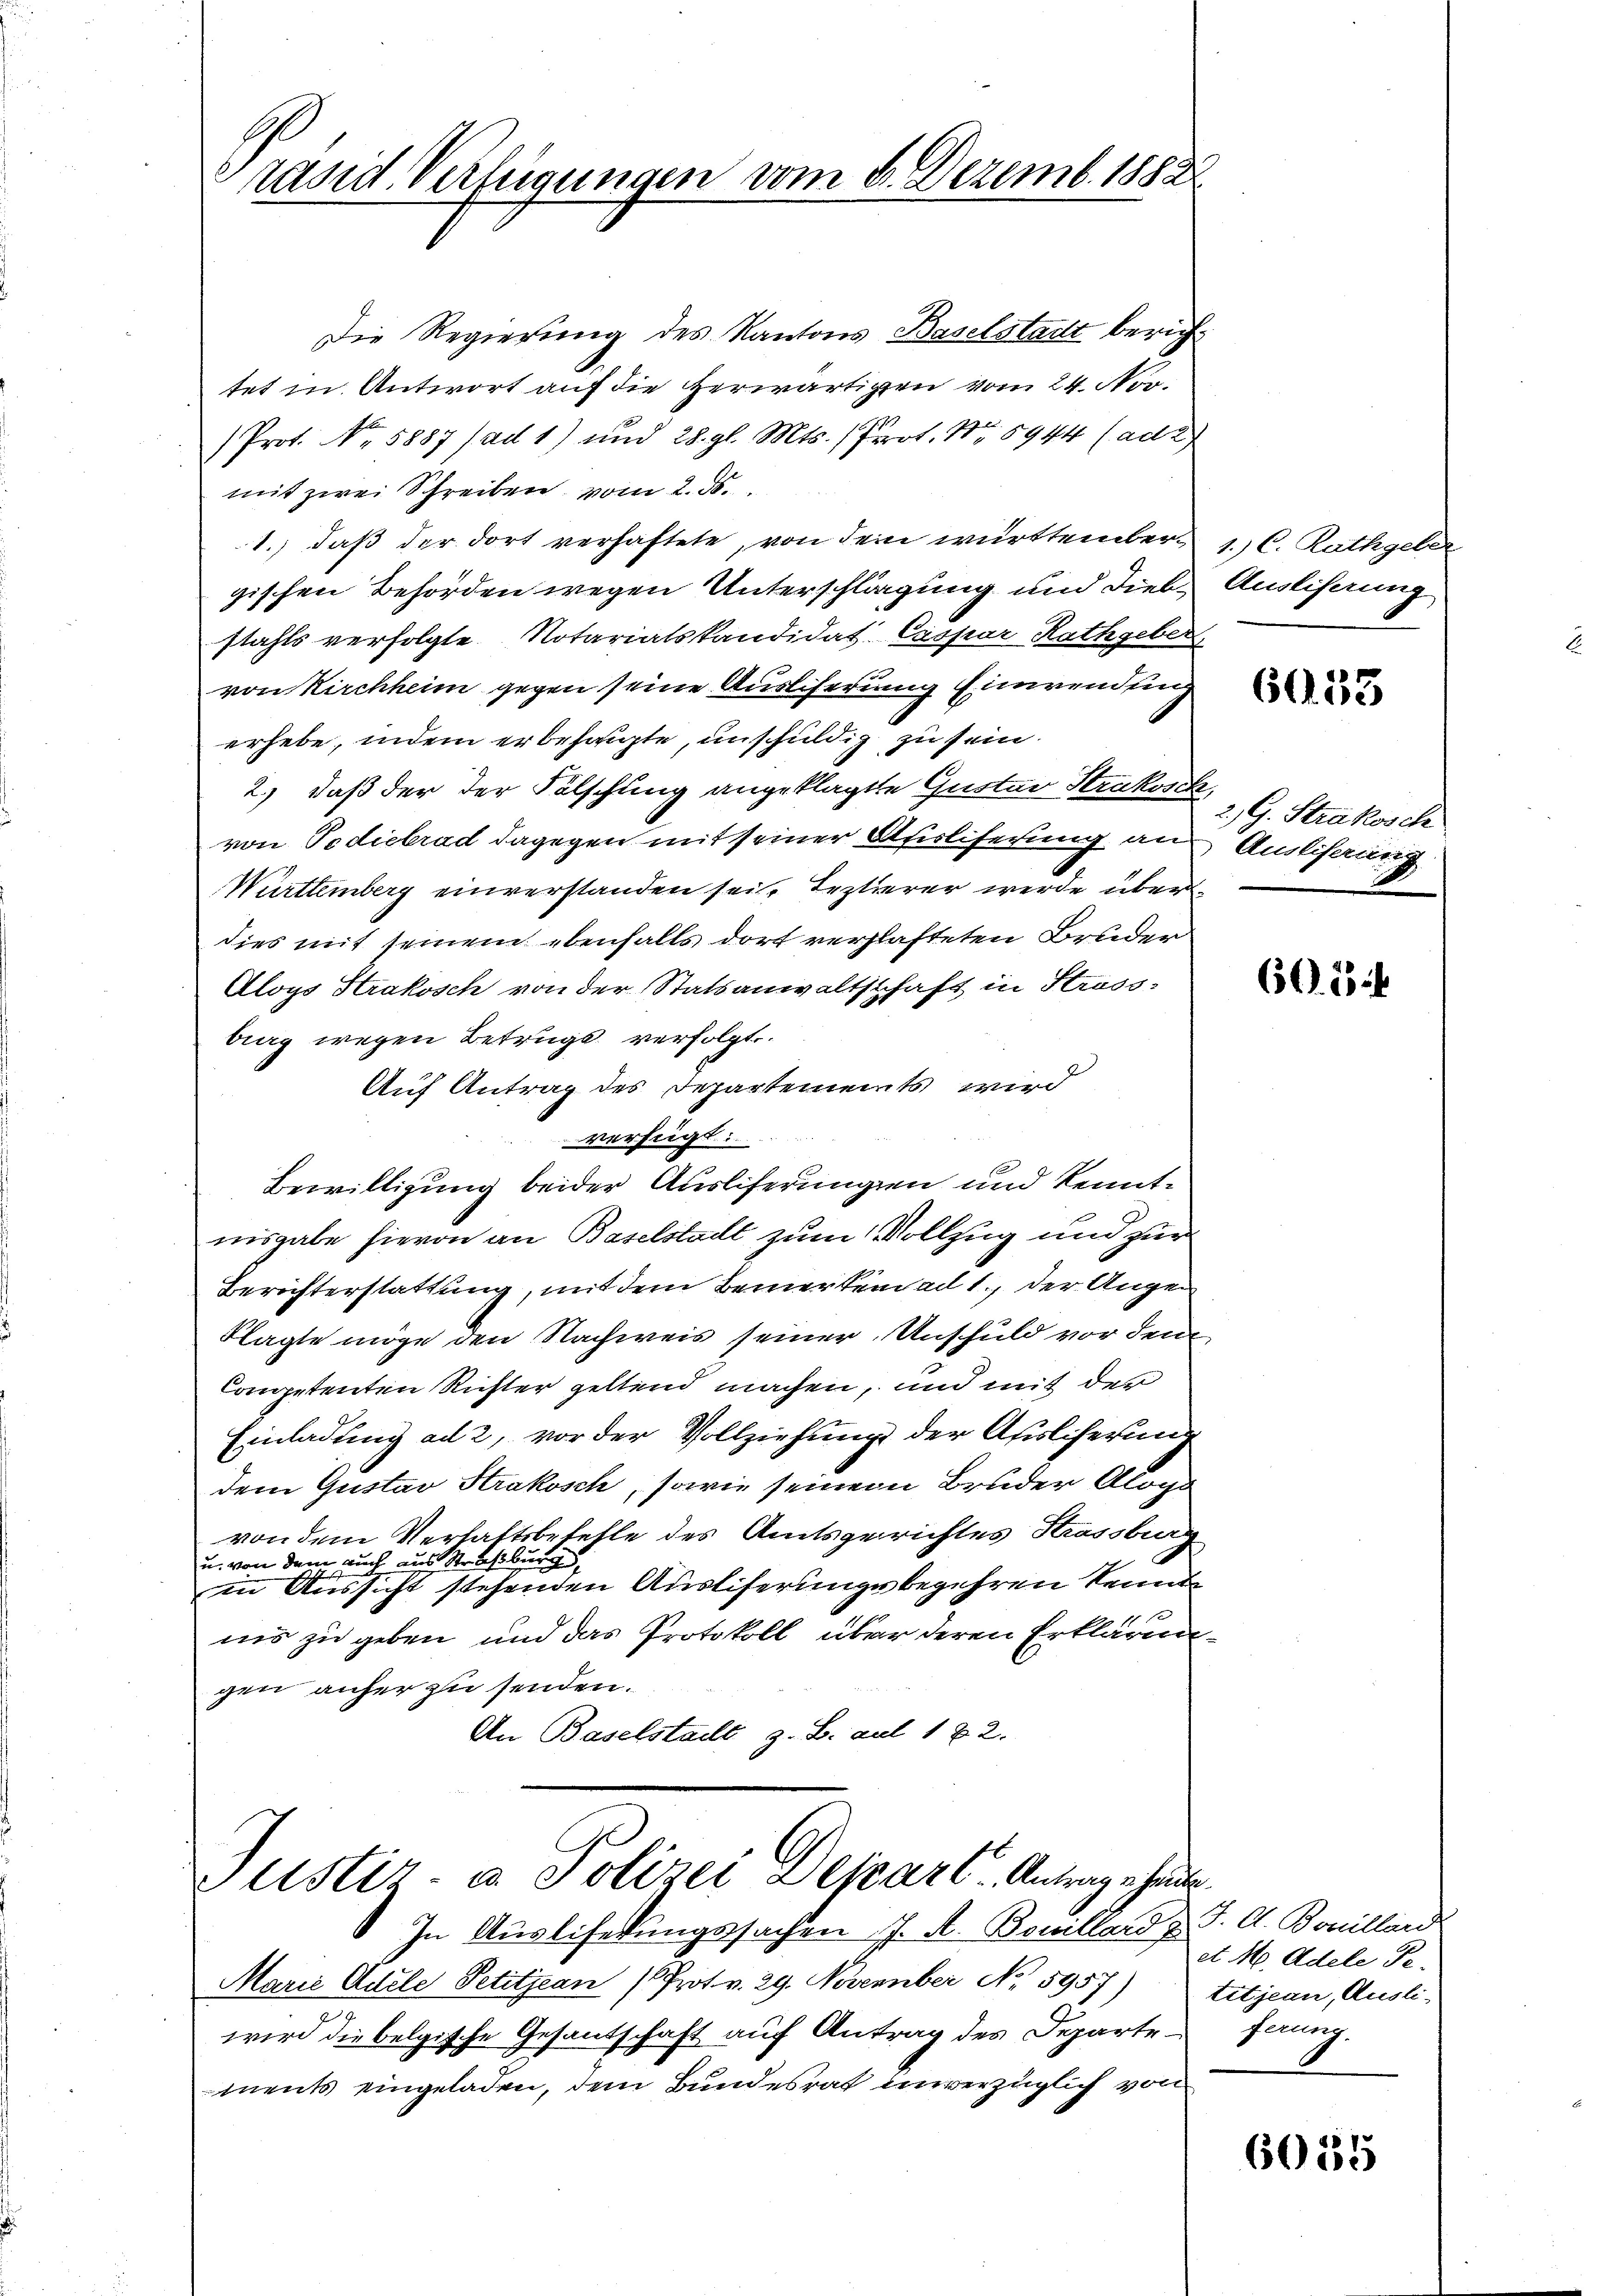
räsid. Verfügungen vom 8. Dezemb. 1888

Die Regierung des Kantons Baselstadt berichtet in Antwort auf die herwärtigen vom 24. Nov.
Prot. No. 5887 / ad 1) und 28. gl. Mts. (Prot. Nr. 5944 (ad 2
mit zwei Schreiben vom 2. ds.
1.) daß der dort verhaftete, von dem württembergischen Behörden wegen Unterschlagung und Diebstahls verfolgte Notariatskandidat Caspar Rathgeber
von Kirchheim gegen seine Ausliserung Einwendung
erhebe, indem erbehaupte, unschuldig zu sein.
2.) daß der der Fälschung angeklagte Gustav Strakosch,
von Pedietrad dagegen mit seiner Afisliferung an
Württemberg einverstanden sei. Lezterer werde überdies mit seinem ebenfalls dort verhafteten Bruder
Aloys Strakosch von der Statsanwaltsschaft in Strass-
burg wegen Betrugs verfolgt.
Auf Antrag des Departements wird
verfügt:
Bewilligung beider Auslieferungen und kenntnisgabe hievon an Baselstadt zum Vollzug und zur
Berichterstattung, mit dem Bemerken ad 1., der Augen
klagte möge den Nachweis seiner Anschuld vor den
Competenten Richter geltend machen, und mit der
Einladung ad 2, vor der Vollziehung der Asisliserung
dem Gustav Krakosch, sowie seinem Bruder Alogo
von dem Verhaftsbefehle des Amtsgerichtes Strassburg
u. von dem auch aus Straßburg,
in Aussicht stehenden Austiferungsbegehren kennt
iis zu geben und das Protokoll über deren Erklärungen anher zu senden.
An Baselstadt, z. B. auf 1 & 2.

Justiz- u. Polizei Deseart Antrage heute.

In Auslisedungssachen J. A. Bollard z. F. A. Bonillend
Marie Adele Petitjean (Prot v. 29. November No. 5957)
wird die belgische Gesantschaft auf Antrag des Departeferung.
ments eingeladen, dem Bundesrat unverzüglich von

1.) C. Rathgeler
Auslieferung

6053

2. G. Strakosch
Ausliserung

605

et M. Adele Petitjean, Ausli-

6055